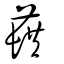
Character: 蕻